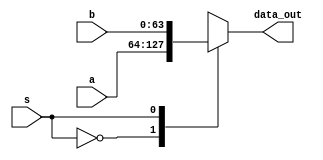
module plexer1
(
  input [63:0] a , b,
  input s,
  output reg [63:0] data_out
  );
  always @ *
  case (s)
    1'b0: data_out=a;
    1'b1: data_out=b;
endcase
  

endmodule